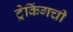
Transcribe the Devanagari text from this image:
ट्रेकिंगची